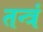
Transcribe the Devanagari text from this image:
तन्त्रं